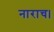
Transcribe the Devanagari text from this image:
नाराच।